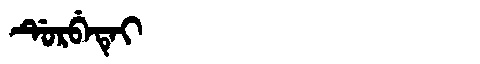
Manchu: ᡩᡠᡵᠪᡝᡨᡝᡳ
Romanization: DURBETEI